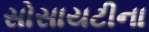
સોસાયટીના